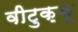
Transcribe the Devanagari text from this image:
वीटुक्कू